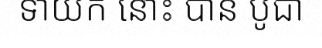
ទាយក នោះ បាន បូជា